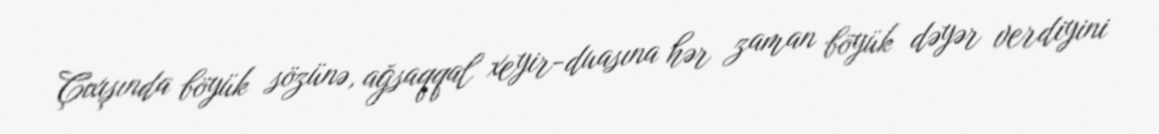
Çıxışında böyük sözünə, ağsaqqal xeyir-duasına hər zaman böyük dəyər verdiyini